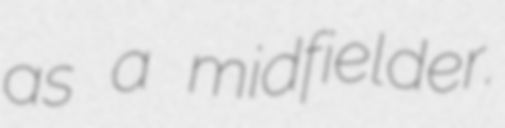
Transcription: as a midfielder.